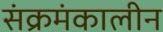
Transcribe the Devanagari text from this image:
संक्रमंकालीन